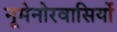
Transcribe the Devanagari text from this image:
नूमेनोरवासियों